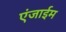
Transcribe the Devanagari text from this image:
एंजाईम